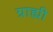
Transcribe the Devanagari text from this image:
ग्राह्यी